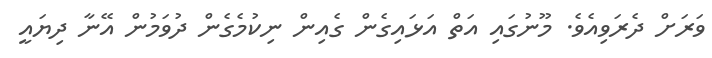
ވަރަށް ދެރަވިއެވެ. މޫނުގައި އަތް އަޅައިގެން ގެއިން ނިކުމެގެން ދުވަމުން އޭނާ ދިޔައީ